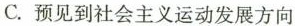
C.预见到社会主义运动发展方向